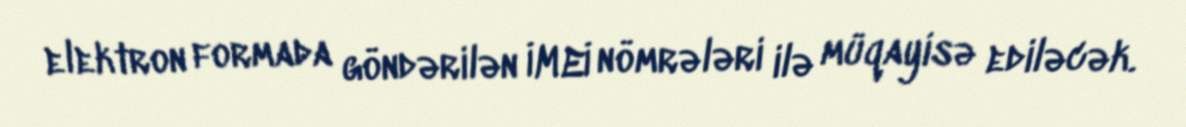
elektron formada göndərilən İMEİ nömrələri ilə müqayisə ediləcək.